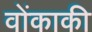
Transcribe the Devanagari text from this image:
वोंकाकी